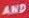
AND